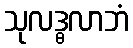
သုလဒ္ဓလာဘံ